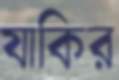
যাকির